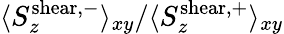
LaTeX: \langle S_{z}^{\mathrm{shear,-}}\rangle_{xy}/\langle S_{z}^{\mathrm{shear,+}}\rangle_{xy}